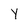
Character: y